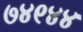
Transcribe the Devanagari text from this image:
७४९४४